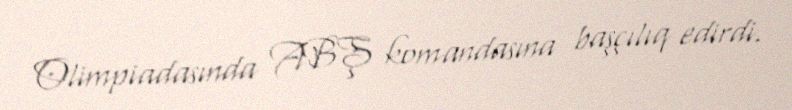
Olimpiadasında ABŞ komandasına başçılıq edirdi.